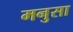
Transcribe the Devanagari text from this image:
मनुसा